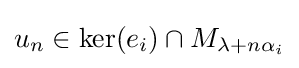
u_{n}\in \ker(e_{i})\cap M_{\lambda +n\alpha _{i}}